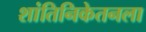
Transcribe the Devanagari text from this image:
शांतिनिकेतनला